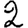
Digit: 2